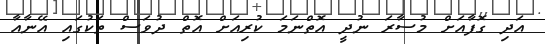
އަދި ގޮފާއަށް މުސާރަ ނުދީ އޮތްނަމަ ކުރިއަށް އޮތް ދުވަސް ތަކުގައި އޭނާއާ